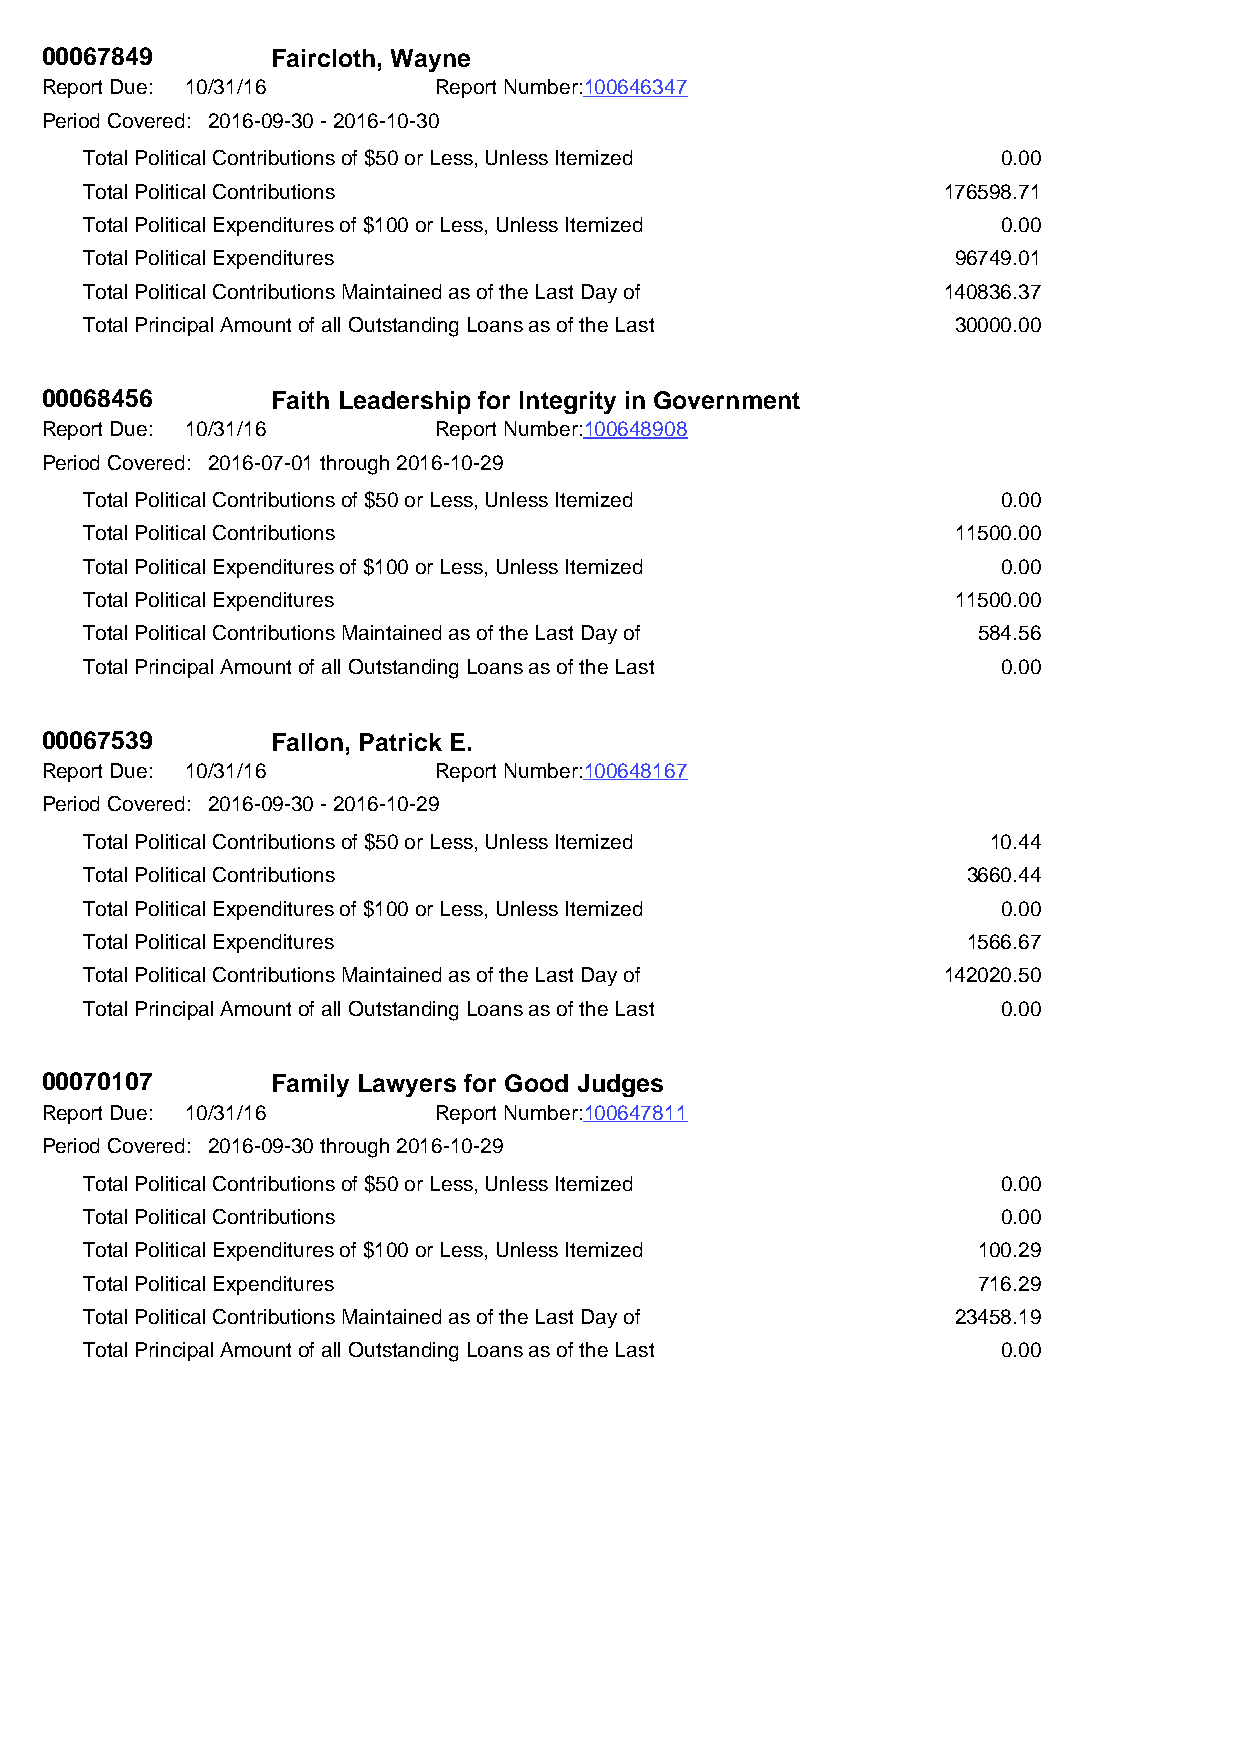
00067849       Faircloth, Wayne
 Report Due: 10/31/16      Report Number:100646347
 Period Covered: 2016-09-30 - 2016-10-30
 Total Political Contributions of $50 or Less, Unless Itemized 0.00
 Total Political Contributions                           176598.71
 Total Political Expenditures of $100 or Less, Unless Itemized 0.00
 Total Political Expenditures                             96749.01
 Total Political Contributions Maintained as of the Last Day of 140836.37
 Total Principal Amount of all Outstanding Loans as of the Last 30000.00
 00068456       Faith Leadership for Integrity in Government
 Report Due: 10/31/16      Report Number:100648908
 Period Covered: 2016-07-01 through 2016-10-29
 Total Political Contributions of $50 or Less, Unless Itemized 0.00
 Total Political Contributions                            11500.00
 Total Political Expenditures of $100 or Less, Unless Itemized 0.00
 Total Political Expenditures                             11500.00
 Total Political Contributions Maintained as of the Last Day of 584.56
 Total Principal Amount of all Outstanding Loans as of the Last 0.00
 00067539       Fallon, Patrick E.
 Report Due: 10/31/16      Report Number:100648167
 Period Covered: 2016-09-30 - 2016-10-29
 Total Political Contributions of $50 or Less, Unless Itemized 10.44
 Total Political Contributions                             3660.44
 Total Political Expenditures of $100 or Less, Unless Itemized 0.00
 Total Political Expenditures                              1566.67
 Total Political Contributions Maintained as of the Last Day of 142020.50
 Total Principal Amount of all Outstanding Loans as of the Last 0.00
 00070107       Family Lawyers for Good Judges
 Report Due: 10/31/16      Report Number:100647811
 Period Covered: 2016-09-30 through 2016-10-29
 Total Political Contributions of $50 or Less, Unless Itemized 0.00
 Total Political Contributions                               0.00
 Total Political Expenditures of $100 or Less, Unless Itemized 100.29
 Total Political Expenditures                               716.29
 Total Political Contributions Maintained as of the Last Day of 23458.19
 Total Principal Amount of all Outstanding Loans as of the Last 0.00